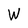
Character: W